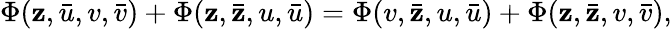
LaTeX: \Phi(\mathbf{z},\bar{{u}},v,\bar{{v}})+\Phi(\mathbf{z},\bar{{\mathbf{z}}},u,\bar{{u}})=\Phi(v,\bar{{\mathbf{z}}},u,\bar{{u}})+\Phi(\mathbf{z},\bar{{\mathbf{z}}},v,\bar{{v}}),